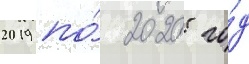
2019 по́ 2020 го́д